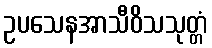
ဥပသေနအာသီဝိသသုတ္တံ